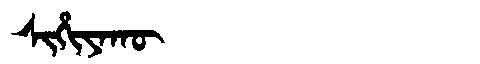
Manchu: ᠰᡳᡥᡳᠶᠠᡴᡡ
Romanization: SIHIYAKŪ